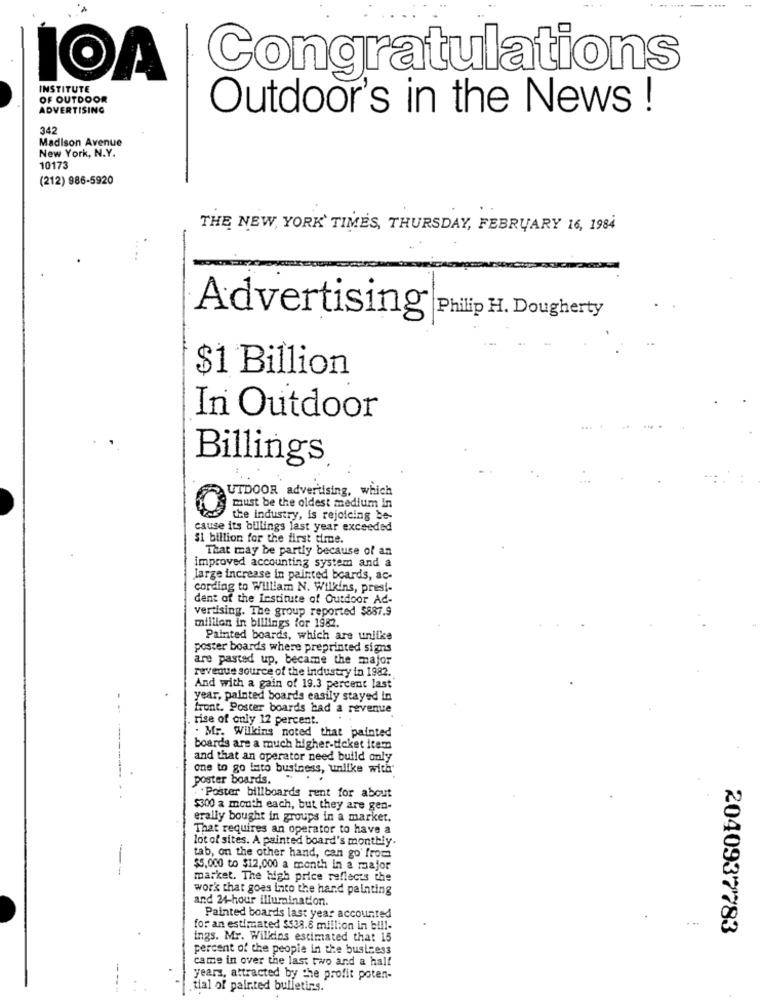
.. ....
IOA
Congratulations
INSTITUTE
OF OUTDOOR
ADVERTISING
Outdoor's in the News !
342
Madison Avenue
New York, N.Y.
10173
(212) 986-5920
THE NEW YORK TIMES, THURSDAY, FEBRUARY 16, 1984
Advertising
Philip H. Dougherty
$1 Billion
In Outdoor
Billings
UTDOOR advertising, which
must be the oldest medium In
the industry, is rejoicing be-
cause its billings last year exceeded
$1 billion for the first time.
That may be partly because of an
improved accounting system and a
large increase in painted boards, ac-
cording to William N. Wilkins, presi-
dent of the institute of Outdoor Ad-
vertising. The group reported $887.9
million in billings for 1982.
Painted boards, which are unlike
poster boards where preprinted signs
are pasted up, became the major
revenue source of the industry in 1982.
And with a gain of 19.3 percent last
year, painted boards easily stayed in
front. Poster boards bad a revenue
rise of only 12 percent.
. Mr. Willkins noted that painted
boards are a much higher-ticket item
and that an operator need build only
one to go into business, unlike with"
poster boards.
.Poster billboards rent for about
$300 a month each, but they are gen-
erally bought in groups in a market.
That requires an operator to have a
lot of sites. A painted board's monthly.
tab, on the other hand, can go' from
$5,000 to $12,000 a month in a major
market. The high price reflects the
wor'k that goes into the hand painting
and 24-hour illumination.
Painted boards last year accounted
for an estimated $$38.6 million in bill-
2040937783
ings. Mr. Wilkins estimated that 15
percent of the people in the business
came in over the last two and a half
years, attracted by the profit poten-
tial of painted bulletins.